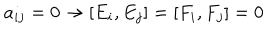
a _ { i j } = 0 \rightarrow [ E _ { i } , E _ { j } ] = [ F _ { i } , F _ { j } ] = 0